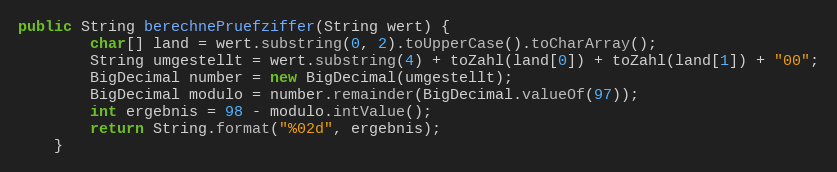
Language: Java
public String berechnePruefziffer(String wert) {
        char[] land = wert.substring(0, 2).toUpperCase().toCharArray();
        String umgestellt = wert.substring(4) + toZahl(land[0]) + toZahl(land[1]) + "00";
        BigDecimal number = new BigDecimal(umgestellt);
        BigDecimal modulo = number.remainder(BigDecimal.valueOf(97));
        int ergebnis = 98 - modulo.intValue();
        return String.format("%02d", ergebnis);
    }